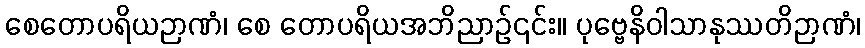
စေတောပရိယဉာဏံ၊ စေ တောပရိယအဘိညာဉ်၎င်း။ ပုဗ္ဗေနိဝါသာနုဿတိဉာဏံ၊